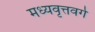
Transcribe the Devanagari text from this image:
मध्यवृत्तवर्ग